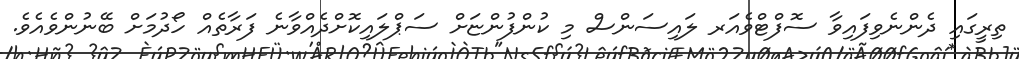
ތިރީގައި ދެންނެވިފައިވާ ސޮފްޓްވެއަރ ލައިސަންސް މި ކުންފުންޏަށް ސަޕްލައިކޮށްދެއްވާނެ ފަރާތެއް ހޯދުމަށް ބޭނުންވެއެވެ.